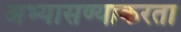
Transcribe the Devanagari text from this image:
अभ्यासण्याकरता